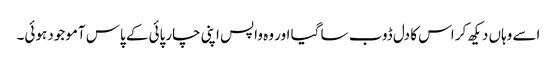
اسے وہاں دیکھ کر اس کا دل ڈوب سا گیا اور وہ واپس اپنی چارپائی کے پاس آموجود ہوئی۔